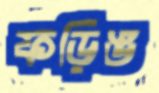
ফড়িঙ